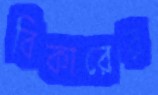
বিকারের